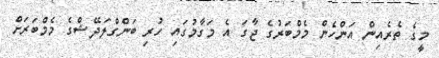
މީގެ ތެރެއިން އަންހެން މެމްބަރުގެ ޖާގަ އެ މަގާމުގައި ހުރި ބަންގްލަދޭޝްގެ މެމްބަރަށް